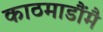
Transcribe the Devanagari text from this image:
काठमाडौंमै